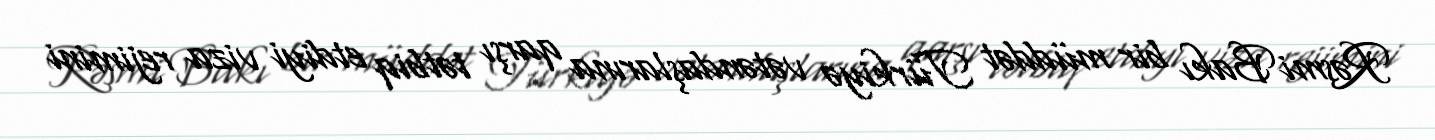
Rəsmi Bakı bir müddət Türkiyə vətəndaşlarına qarşı tətbiq etdiyi viza rejimini